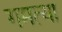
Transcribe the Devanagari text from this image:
गमत्या